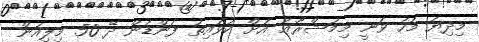
މިދިޔަ މަހު ވަނީ މިމަޝްރޫޢު އަށް ކުވައިތު ފަންޑުން ދޭ 50 މިލިއަން